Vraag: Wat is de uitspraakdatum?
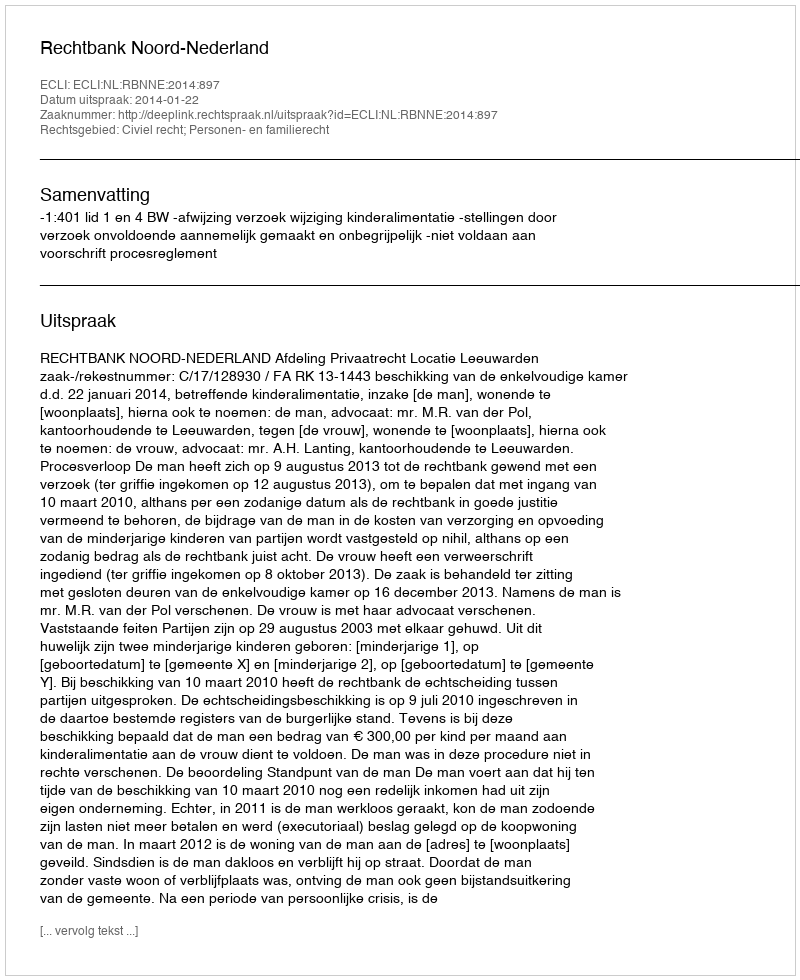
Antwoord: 2014-01-22